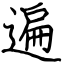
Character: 遍